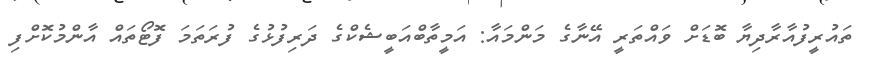
ތައުރީފުއާރާދިޔާ ބޮޑަށް ވައްތަރީ އޭނާގެ މަންމައާ: އަމީތާބްއަބީޝެކްގެ ދަރިފުޅުގެ ފުރަތަމަ ފޮޓޯތައް އާންމުކޮށްފި